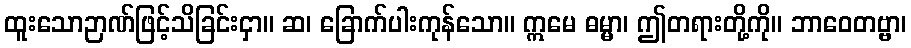
ထူးသောဉာဏ်ဖြင့်သိခြင်းငှာ။ ဆ၊ ခြောက်ပါးကုန်သော။ ဣမေ ဓမ္မာ၊ ဤတရားတို့ကို။ ဘာဝေတဗ္ဗာ၊